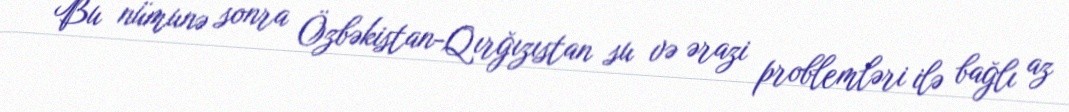
Bu nümunə sonra Özbəkistan-Qırğızıstan su və ərazi problemləri ilə bağlı az